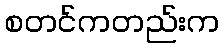
စတင်ကတည်းက